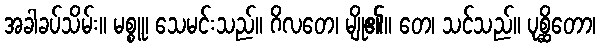
အခါခပ်သိမ်း။ မစ္စူ၊ သေမင်းသည်။ ဂိလတေ၊ မျို၏။ တေ၊ သင်သည်။ ပုစ္ဆိတော၊